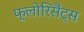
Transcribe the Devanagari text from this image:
फ्लोरिसैंट्स